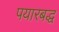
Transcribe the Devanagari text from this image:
पयारबद्ध